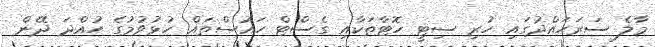
މާލެ ސަރަހައްދުގައި ހުރި ސިޓީ ހޮޓާތަކާއި ގެސްޓް ހައުސްތައް ހުޅުވުމުގެ ހުއްދަ ދޭން